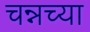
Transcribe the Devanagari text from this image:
चन्नच्या